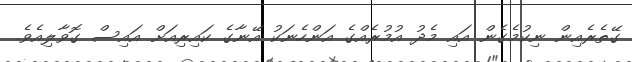
ގޭތެރެއިން ނިކުމެގެން އައި މެދު އުމުރެއްގެ އަންހެނަކު އޭނާގެ ކައިރިއަށް އައިސް ގޮވާލިއެވެ.